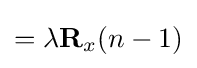
=\lambda \mathbf {R} _{x}(n-1)